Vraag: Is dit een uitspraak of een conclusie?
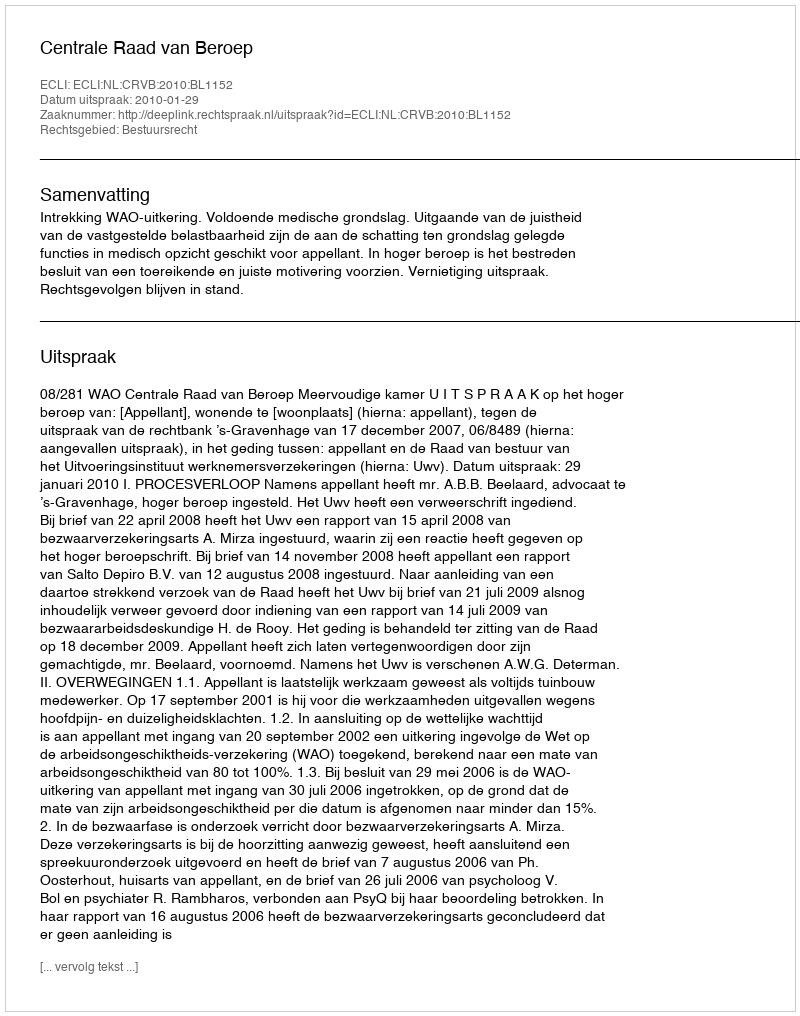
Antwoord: Uitspraak